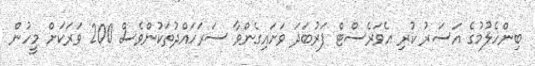
ބިންހެލުމުގެ އަސަރު ކުރި އެވަރެސްޓް ފަރުބަދަ ވަށައިގެންވާ ސަރަހައްދުތަކުންވެސް 200 ވަރަކަށް މީހުން